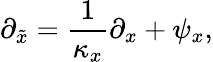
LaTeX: \partial_{\tilde{x}}=\frac{1}{\kappa_{x}}\partial_{x}+\psi_{x},